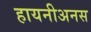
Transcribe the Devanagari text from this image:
हायनीअनस